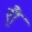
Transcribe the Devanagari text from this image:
र्‍ाै